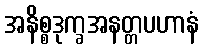
အနိစ္စဒုက္ခအနတ္တပဟာနံ